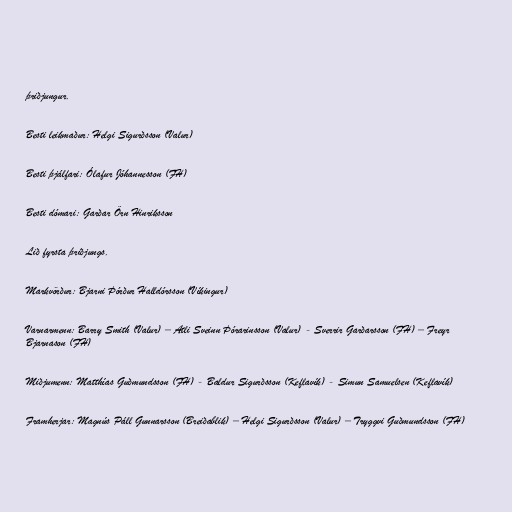
þriðjungur.

Besti leikmaður: Helgi Sigurðsson (Valur)

Besti þjálfari: Ólafur Jóhannesson (FH)

Besti dómari: Garðar Örn Hinriksson

Lið fyrsta þriðjungs.

Markvörður: Bjarni Þórður Halldórsson (Víkingur)

Varnarmenn: Barry Smith (Valur) – Atli Sveinn Þórarinsson (Valur) - Sverrir Garðarsson (FH) – Freyr
Bjarnason (FH)

Miðjumenn: Matthías Guðmundsson (FH) - Baldur Sigurðsson (Keflavík) - Simun Samuelsen (Keflavík)

Framherjar: Magnús Páll Gunnarsson (Breiðablik) – Helgi Sigurðsson (Valur) – Tryggvi Guðmundsson (FH)